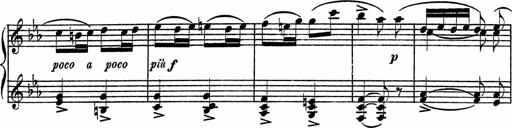
Title: Piano Sonatinas
Composer: Charles Fradel